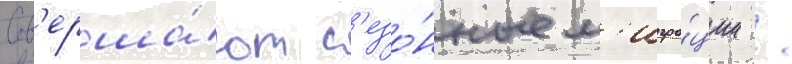
Сов'ерша́ют с'езо́нные м'игра́ции /